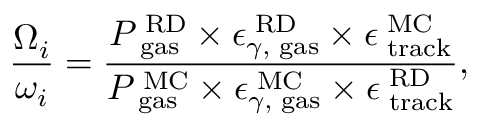
\frac { { \Omega } _ { i } } { \omega _ { i } } = \frac { P _ { \mathrm { \tiny ~ g a s } } ^ { \mathrm { \tiny ~ R D } } \times \epsilon _ { \gamma , \mathrm { \tiny ~ g a s } } ^ { \mathrm { \tiny ~ R D } } \times \epsilon _ { \mathrm { \tiny ~ t r a c k } } ^ { \mathrm { \tiny ~ M C } } } { P _ { \mathrm { \tiny ~ g a s } } ^ { \mathrm { \tiny ~ M C } } \times \epsilon _ { \gamma , \mathrm { \tiny ~ g a s } } ^ { \mathrm { \tiny ~ M C } } \times \epsilon _ { \mathrm { \tiny ~ t r a c k } } ^ { \mathrm { \tiny ~ R D } } } ,